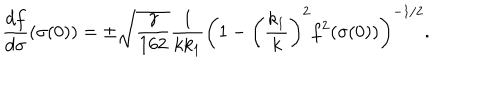
LaTeX: \frac { d f } { d \sigma } ( \sigma ( 0 ) ) = \pm \sqrt { \frac { \gamma } { 1 6 2 } } \frac { 1 } { k k _ { 1 } } \bigg ( 1 - \bigg ( \frac { k _ { 1 } } { k } \bigg ) ^ { 2 } f ^ { 2 } ( \sigma ( 0 ) ) \bigg ) ^ { - 1 / 2 } .